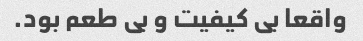
واقعا بی کیفیت و بی طعم بود.